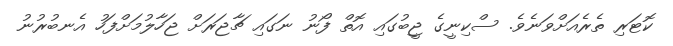
ކޮޓަރި ތެރެއަށްވަނެވެ. ސްކިނީގެ ޖީބުގައި އޮތް ފޯނު ނަގައި ޗާޖަރަށް ޖަހާލުމަށްފަހު އެނބުރުނު